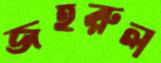
জহরুল